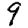
Digit: 9